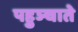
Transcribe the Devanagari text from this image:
पहुञ्चाते